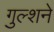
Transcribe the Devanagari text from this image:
गुल्शने